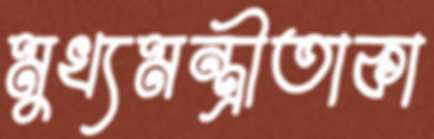
মুখ্যমন্ত্রীতাকা